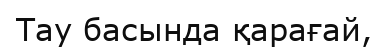
Тау басында қарағай,